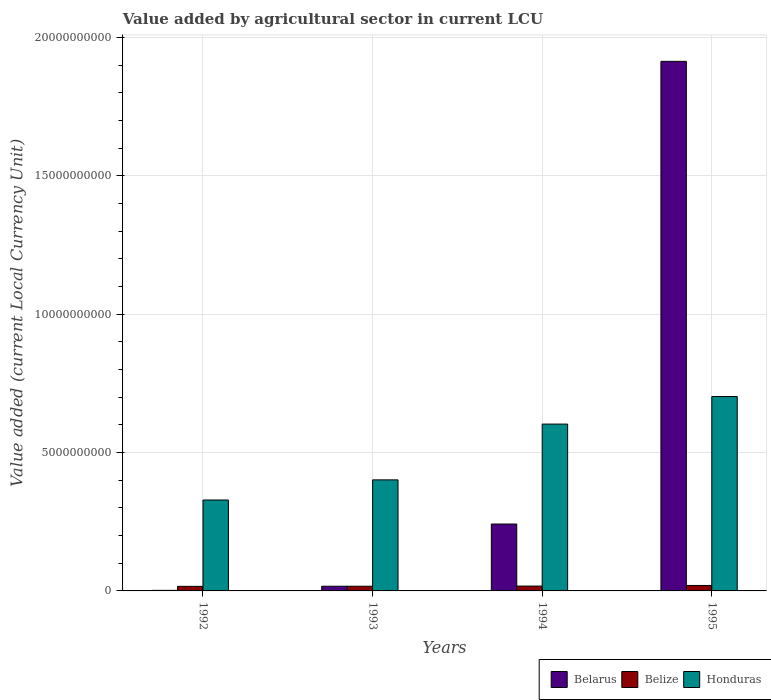
| Years | Belarus | Belize | Honduras |
 | --- | --- | --- | --- |
 | 1992 | 2.07e+07 | 1.65e+08 | 3.29e+09 |
 | 1993 | 1.69e+08 | 1.69e+08 | 4.01e+09 |
 | 1994 | 2.42e+09 | 1.75e+08 | 6.03e+09 |
 | 1995 | 1.91e+10 | 1.98e+08 | 7.03e+09 |